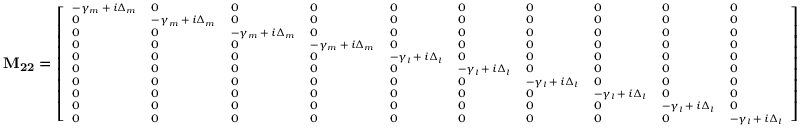
\mathbf { M _ { 2 2 } } = \scriptsize { \left[ \begin{array} { l l l l l l l l l l } { - \gamma _ { m } + i \Delta _ { m } } & { 0 } & { 0 } & { 0 } & { 0 } & { 0 } & { 0 } & { 0 } & { 0 } & { 0 } \\ { 0 } & { - \gamma _ { m } + i \Delta _ { m } } & { 0 } & { 0 } & { 0 } & { 0 } & { 0 } & { 0 } & { 0 } & { 0 } \\ { 0 } & { 0 } & { - \gamma _ { m } + i \Delta _ { m } } & { 0 } & { 0 } & { 0 } & { 0 } & { 0 } & { 0 } & { 0 } \\ { 0 } & { 0 } & { 0 } & { - \gamma _ { m } + i \Delta _ { m } } & { 0 } & { 0 } & { 0 } & { 0 } & { 0 } & { 0 } \\ { 0 } & { 0 } & { 0 } & { 0 } & { - \gamma _ { l } + i \Delta _ { l } } & { 0 } & { 0 } & { 0 } & { 0 } & { 0 } \\ { 0 } & { 0 } & { 0 } & { 0 } & { 0 } & { - \gamma _ { l } + i \Delta _ { l } } & { 0 } & { 0 } & { 0 } & { 0 } \\ { 0 } & { 0 } & { 0 } & { 0 } & { 0 } & { 0 } & { - \gamma _ { l } + i \Delta _ { l } } & { 0 } & { 0 } & { 0 } \\ { 0 } & { 0 } & { 0 } & { 0 } & { 0 } & { 0 } & { 0 } & { - \gamma _ { l } + i \Delta _ { l } } & { 0 } & { 0 } \\ { 0 } & { 0 } & { 0 } & { 0 } & { 0 } & { 0 } & { 0 } & { 0 } & { - \gamma _ { l } + i \Delta _ { l } } & { 0 } \\ { 0 } & { 0 } & { 0 } & { 0 } & { 0 } & { 0 } & { 0 } & { 0 } & { 0 } & { - \gamma _ { l } + i \Delta _ { l } } \end{array} \right] }